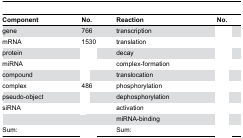
<table><thead><tr><td><b>Component</b></td><td><b>No.</b></td><td><b>Reaction</b></td><td><b>No.</b></td></tr></thead><tbody><tr><td>gene</td><td>766</td><td>transcription</td><td>[EMPTY_CELL]</td></tr><tr><td>mRNA</td><td>1530</td><td>translation</td><td>[EMPTY_CELL]</td></tr><tr><td>protein</td><td>[EMPTY_CELL]</td><td>decay</td><td>[EMPTY_CELL]</td></tr><tr><td>miRNA</td><td>[EMPTY_CELL]</td><td>complex-formation</td><td>[EMPTY_CELL]</td></tr><tr><td>compound</td><td>[EMPTY_CELL]</td><td>translocation</td><td>[EMPTY_CELL]</td></tr><tr><td>complex</td><td>486</td><td>phosphorylation</td><td>[EMPTY_CELL]</td></tr><tr><td>pseudo-object</td><td>[EMPTY_CELL]</td><td>dephosphorylation</td><td>[EMPTY_CELL]</td></tr><tr><td>siRNA</td><td>[EMPTY_CELL]</td><td>activation</td><td>[EMPTY_CELL]</td></tr><tr><td>[EMPTY_CELL]</td><td>[EMPTY_CELL]</td><td>miRNA-binding</td><td>[EMPTY_CELL]</td></tr><tr><td>Sum:</td><td>[EMPTY_CELL]</td><td>Sum:</td><td>[EMPTY_CELL]</td></tr></tbody></table>